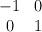
LaTeX: \begin{align*}\begin{array}{cc}-1 & 0 \\ 0 & 1 \end{array}\end{align*}